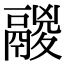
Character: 鬷